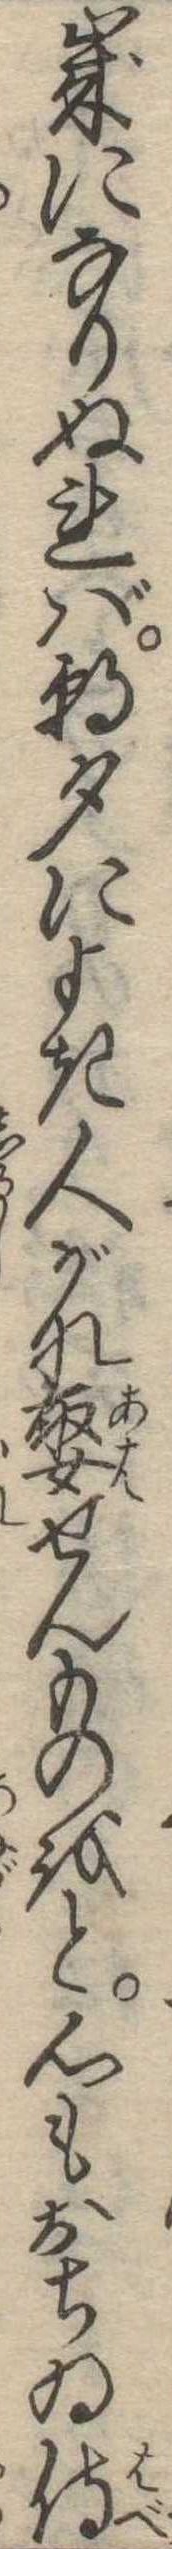
歳になりぬれば朝夕によき人がな娶せんものをと心もおちゐ侍